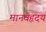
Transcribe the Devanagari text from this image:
मानवहृदय